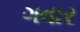
ગવાર